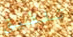
تلفيق